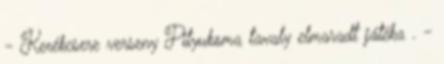
- Kerékcsere verseny Pityukoma tavaly elmaradt játéka . -